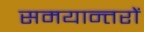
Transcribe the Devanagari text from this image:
समयान्तरों